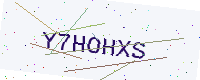
Text: Y7HOHXS